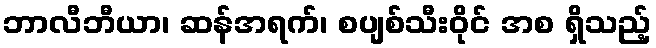
ဘာလီဘီယာ၊ ဆန်အရက်၊ စပျစ်သီးဝိုင် အစ ရှိသည့်